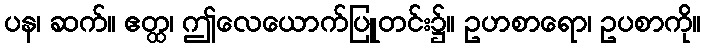
ပန၊ ဆက်။ ဧတ္ထ၊ ဤလေယောက်ပြူတင်း၌။ ဥပာစာရော၊ ဥပစာကို။